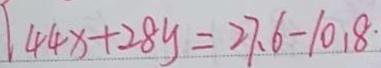
[ 4 4 x + 2 8 y = 2 7 . 6 - 1 0 . 8 \cdot